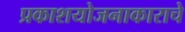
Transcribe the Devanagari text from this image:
प्रकाशयोजनाकाराचे